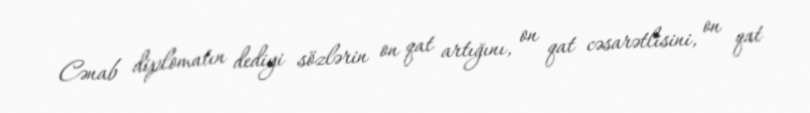
Cənab diplomatın dediyi sözlərin on qat artığını, on qat cəsarətlisini, on qat